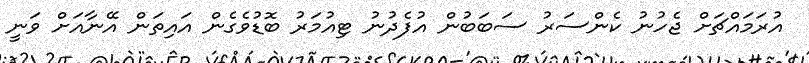
އުރަމައްޗަށް ޖެހުނު ކެންސަރު ސަބަބުން އުފެދުނު ޓިއުމަރު ބޮޑުވެގެން އައިތަން އޭނާއަށް ވަނީ